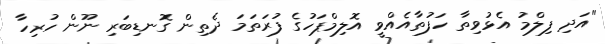
"އަދި ފިލްމު އެޅުވިތާ ހަފުތާއެއްވީ އޮލިމްޕަހުގެ ފުރަތަމަ ދެތިން ގޮނޑިބަރި ނޫން ހުރިހާ